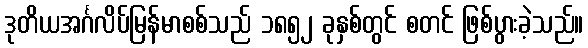
ဒုတိယအင်္ဂလိပ်မြန်မာစစ်သည် ၁၈၅၂ ခုနှစ်တွင် စတင် ဖြစ်ပွားခဲ့သည်။